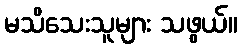
မသိသေးသူများ သဖွယ်။